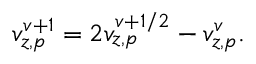
{ v } _ { z , p } ^ { v + 1 } = 2 { v } _ { z , p } ^ { v + 1 / 2 } - { v } _ { z , p } ^ { v } .